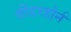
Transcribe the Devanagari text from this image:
वीडरहोर्न